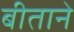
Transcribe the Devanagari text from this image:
बीताने